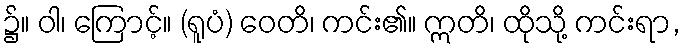
၌။ ဝါ၊ ကြောင့်။ (ရူပံ) ဝေတိ၊ ကင်း၏။ ဣတိ၊ ထိုသို့ ကင်းရာ,